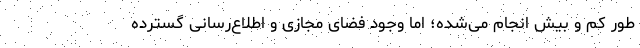
طور کم و بیش انجام می‌شده؛ اما وجود فضای مجازی و اطلاع‌رسانی گسترده